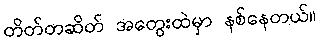
တိတ်တဆိတ် အတွေးထဲမှာ နစ်နေတယ်။